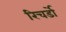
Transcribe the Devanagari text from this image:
रिचर्डो